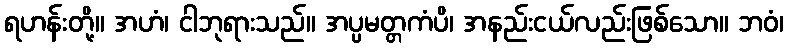
ရဟန်းတို့။ အဟံ၊ ငါဘုရားသည်။ အပ္ပမတ္တကံပိ၊ အနည်းငယ်လည်းဖြစ်သော။ ဘဝံ၊